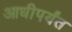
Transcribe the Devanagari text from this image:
आधीपर्यंत